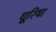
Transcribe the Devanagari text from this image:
धूरिया